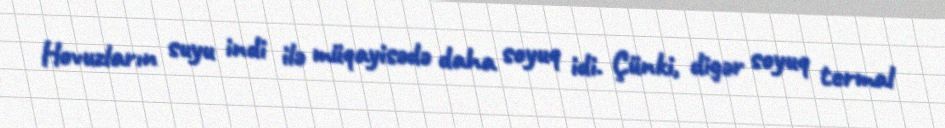
Hovuzların suyu indi ilə müqayisədə daha soyuq idi. Çünki, digər soyuq termal